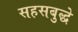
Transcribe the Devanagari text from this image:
सहसबुद्धे